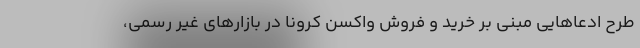
طرح ادعاهایی مبنی بر خرید و فروش واکسن کرونا در بازارهای غیر رسمی،